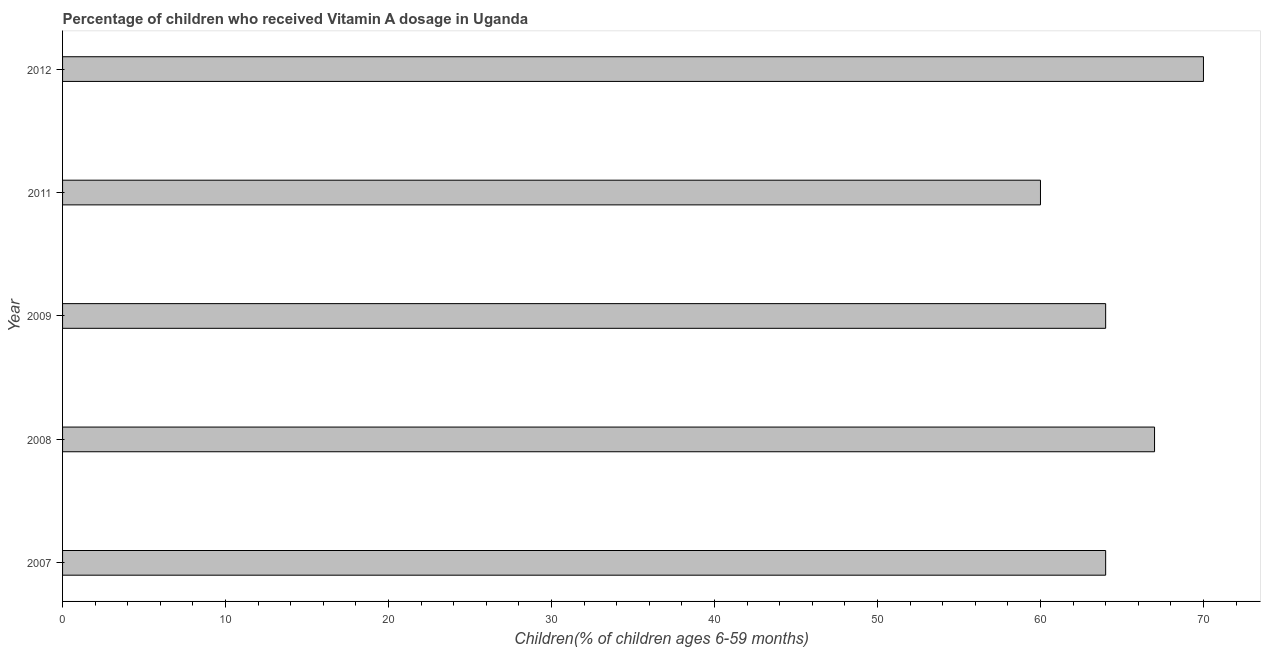
| Year | Vitamin A supplementation coverage rate  |
 | --- | --- |
 | 2007 | 64 |
 | 2008 | 67 |
 | 2009 | 64 |
 | 2011 | 60 |
 | 2012 | 70 |